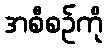
အစီစဉ်ကို